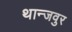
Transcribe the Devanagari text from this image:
थान्जवुर